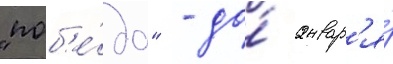
"поб'е́да" - до́ январ'я́